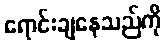
ရောင်းချနေသည်ကို